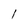
Character: l